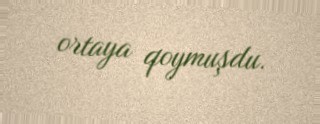
ortaya qoymuşdu.